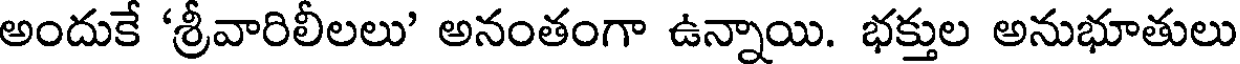
అందుకే 'శ్రీవారిలీలలు' అనంతంగా ఉన్నాయి. భక్తుల అనుభూతులు